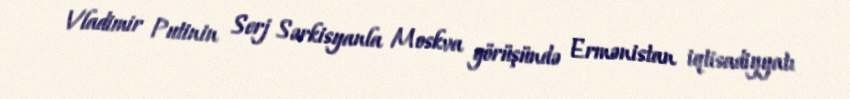
Vladimir Putinin Serj Sərkisyanla Moskva görüşündə Ermənistan iqtisadiyyatı